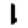
Digit: 1